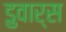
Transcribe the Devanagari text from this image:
डुवार्स